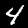
Label: 4